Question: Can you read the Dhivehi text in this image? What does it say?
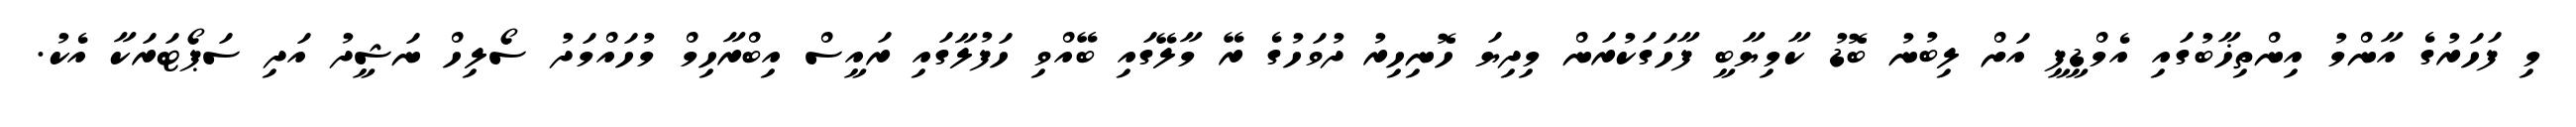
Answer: މި ފަހަރުގެ އާންމު އިންތިޚާބުގައި އެމްޑީޕީ އަށް ލިބުނު ބޮޑު ކާމިޔާބީ ފާހަގަކުރަން މިދިޔަ ހޮނިހިރު ދުވަހުގެ ރޭ މާލޭގައި ބޭއްވި ހަފުލާގައި ރައީސް އިބްރާހިމް މުހައްމަދު ސޯލިހް ނަޝީދު އަދި ސަޕޯޓަރަކާ އެކު.